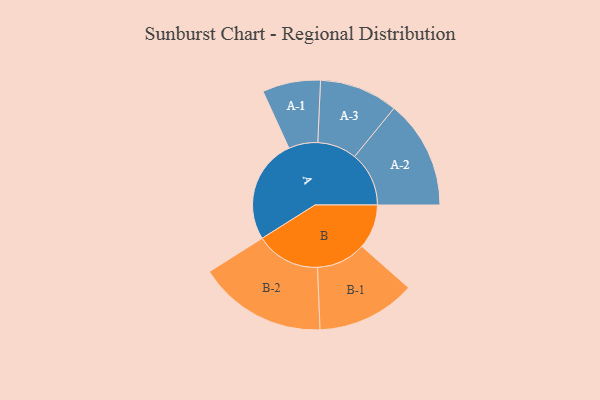
{"axis": {"x": "Segment", "y": "Value"}, "legend": ["", "A", "B"], "data": [{"x": "A", "y": 471, "type": ""}, {"x": "B", "y": 200, "type": ""}, {"x": "A-1", "y": 131, "type": "A"}, {"x": "A-2", "y": 245, "type": "A"}, {"x": "A-3", "y": 177, "type": "A"}, {"x": "B-1", "y": 223, "type": "B"}, {"x": "B-2", "y": 290, "type": "B"}]}